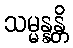
သမ္မန္နန္တိ